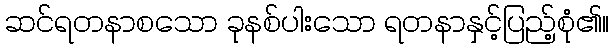
ဆင်ရတနာစသော ခုနစ်ပါးသော ရတနာနှင့်ပြည့်စုံ၏။